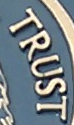
TRUST